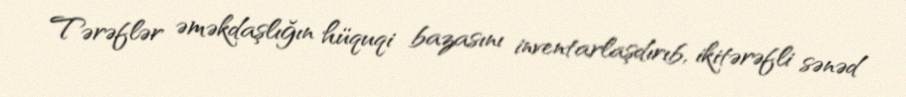
Tərəflər əməkdaşlığın hüquqi bazasını inventarlaşdırıb, ikitərəfli sənəd